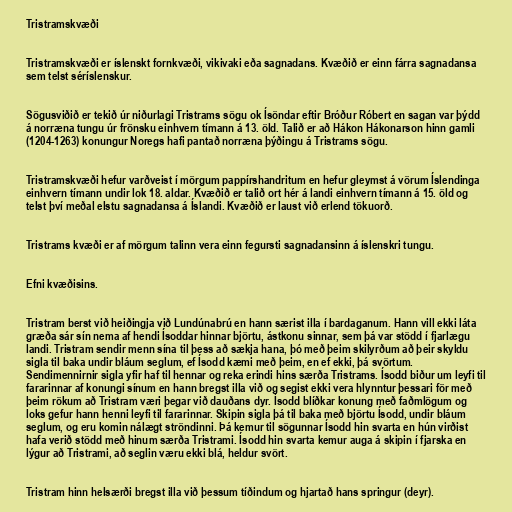
Tristramskvæði

Tristramskvæði er íslenskt fornkvæði, vikivaki eða sagnadans. Kvæðið er einn fárra sagnadansa
sem telst séríslenskur.

Sögusviðið er tekið úr niðurlagi Tristrams sögu ok Ísöndar eftir Bróður Róbert en sagan var þýdd
á norræna tungu úr frönsku einhvern tímann á 13. öld. Talið er að Hákon Hákonarson hinn gamli
(1204-1263) konungur Noregs hafi pantað norræna þýðingu á Tristrams sögu.

Tristramskvæði hefur varðveist í mörgum pappírshandritum en hefur gleymst á vörum Íslendinga
einhvern tímann undir lok 18. aldar. Kvæðið er talið ort hér á landi einhvern tímann á 15. öld og
telst því meðal elstu sagnadansa á Íslandi. Kvæðið er laust við erlend tökuorð.

Tristrams kvæði er af mörgum talinn vera einn fegursti sagnadansinn á íslenskri tungu.

Efni kvæðisins.

Tristram berst við heiðingja við Lundúnabrú en hann særist illa í bardaganum. Hann vill ekki láta
græða sár sín nema af hendi Ísoddar hinnar björtu, ástkonu sinnar, sem þá var stödd í fjarlægu
landi. Tristram sendir menn sína til þess að sækja hana, þó með þeim skilyrðum að þeir skyldu
sigla til baka undir bláum seglum, ef Ísodd kæmi með þeim, en ef ekki, þá svörtum.
Sendimennirnir sigla yfir haf til hennar og reka erindi hins særða Tristrams. Ísodd biður um leyfi til
fararinnar af konungi sínum en hann bregst illa við og segist ekki vera hlynntur þessari för með
þeim rökum að Tristram væri þegar við dauðans dyr. Ísodd blíðkar konung með faðmlögum og
loks gefur hann henni leyfi til fararinnar. Skipin sigla þá til baka með björtu Ísodd, undir bláum
seglum, og eru komin nálægt ströndinni. Þá kemur til sögunnar Ísodd hin svarta en hún virðist
hafa verið stödd með hinum særða Tristrami. Ísodd hin svarta kemur auga á skipin í fjarska en
lýgur að Tristrami, að seglin væru ekki blá, heldur svört.

Tristram hinn helsærði bregst illa við þessum tíðindum og hjartað hans springur (deyr).